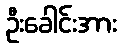
ဦးခေါင်းအား